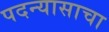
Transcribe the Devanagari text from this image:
पदन्यासाचा